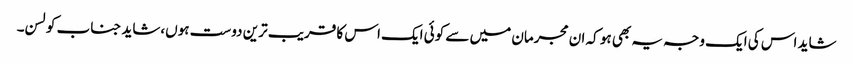
شاید اس کی ایک وجہ یہ بھی ہو کہ ان مجرمان میں سے کوئی ایک اس کا قریب ترین دوست ہوں،شاید جناب کولسن۔